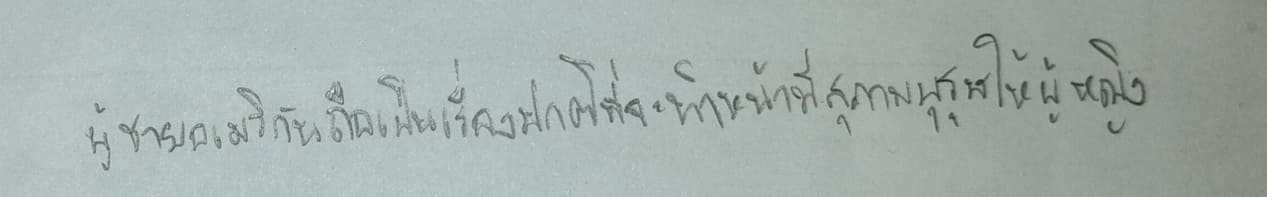
ผู้ชายอเมริกันถือเป็นเรื่องปกติที่จะทำหน้าที่สุภาพบุรุษให้ผู้หญิง